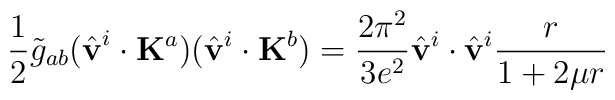
\frac{1}{2}\tilde{g}_{ab}(\hat{\bf v}^i\cdot{\bf K}^a)(\hat{\bf v}^i\cdot{\bf K}^b)=\frac{2\pi^2}{3e^2}\hat{\bf v}^i\cdot\hat{\bf v}^i\frac{r}{1+2\mu r}